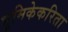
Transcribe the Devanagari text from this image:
भूमिकेकरिता